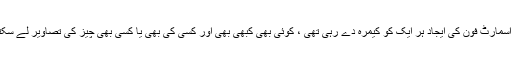
نیز ، اسمارٹ فون کی ایجاد ہر ایک کو کیمرہ دے رہی تھی ، کوئی بھی کبھی بھی اور کسی کی بھی یا کسی بھی چیز کی تصاویر لے سکتا تھا۔